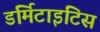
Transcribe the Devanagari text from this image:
डर्मिटाइटिस